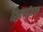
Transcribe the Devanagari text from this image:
क्विलपॅडला